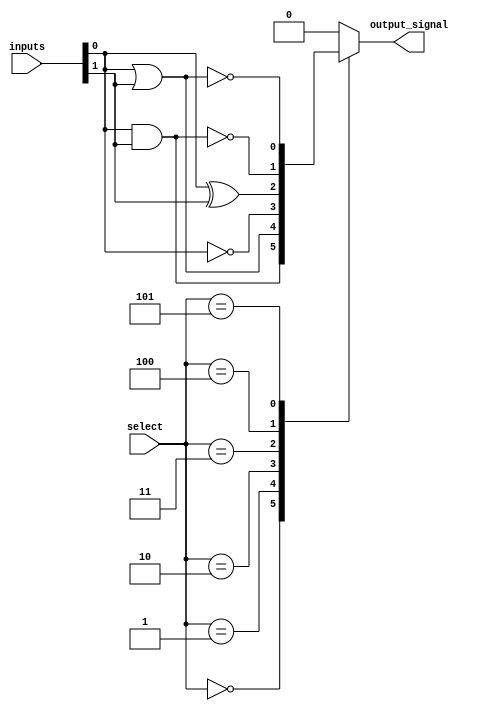
module CombinationalLogicBlock (
    input  wire [5:0]  inputs,      // 6 inputs for the logic block
    input  wire [2:0]  select,      // Control signal for selecting logic function
    output wire        output_signal // Output of the combinational logic
);
    // Internal signals
    wire and_out, or_out, not_out, xor_out, nand_out, nor_out;

    // Basic Logic Functions
    assign and_out = inputs[0] & inputs[1];
    assign or_out  = inputs[0] | inputs[1];
    assign not_out = ~inputs[0];
    assign xor_out = inputs[0] ^ inputs[1];
    assign nand_out = ~(inputs[0] & inputs[1]);
    assign nor_out = ~(inputs[0] | inputs[1]);

    // Output Multiplexer to Select the Desired Logic Function
    always @(*) begin
        case (select)
            3'b000: output_signal = and_out;    // AND Function
            3'b001: output_signal = or_out;     // OR Function
            3'b010: output_signal = not_out;    // NOT Function
            3'b011: output_signal = xor_out;    // XOR Function
            3'b100: output_signal = nand_out;   // NAND Function
            3'b101: output_signal = nor_out;    // NOR Function
            // Additional functions can be added here
            default: output_signal = 1'b0;       // Default case
        endcase
    end

endmodule